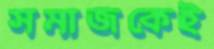
সমাজকেই